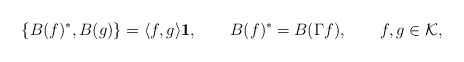
\begin{align*}\{ B(f)^*,B(g) \} = \langle f,g \rangle {\bf 1},\qquad B(f)^* = B(\Gamma f), \qquad f,g\in{\cal K},\end{align*}